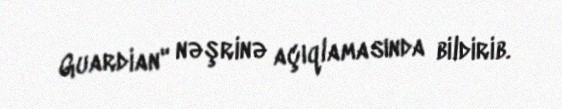
Guardian" nəşrinə açıqlamasında bildirib.